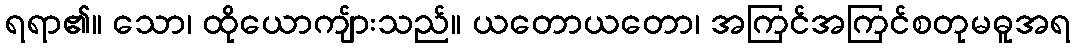
ရရာ၏။ သော၊ ထိုယောကျ်ားသည်။ ယတောယတော၊ အကြင်အကြင်စတုမဓူအရ